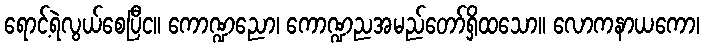
ရောင့်ရဲလွယ်စေပြီင။ ကောဏ္ဍညော၊ ကောဏ္ဍညအမည်တော်ရှိထသော။ လောကနာယကော၊